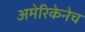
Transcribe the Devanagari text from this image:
अमेरिकेनेच